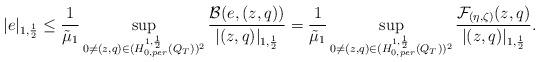
LaTeX: \begin{align*} |e|_{1,\frac{1}{2}} \leq \frac{1}{\tilde \mu_1} \sup_{0 \not= (z,q) \in (H^{1,\frac{1}{2}}_{0,per}(Q_T))^2} \frac{\mathcal{B}(e, (z,q))}{|(z,q)|_{1,\frac{1}{2}}} = \frac{1}{\tilde \mu_1} \sup_{0 \not= (z,q) \in (H^{1,\frac{1}{2}}_{0,per}(Q_T))^2} \frac{\mathcal{F}_{(\eta,\zeta)}(z,q)}{|(z,q)|_{1,\frac{1}{2}}}.\end{align*}